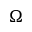
\Omega